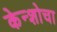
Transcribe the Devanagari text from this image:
केन्शोचा